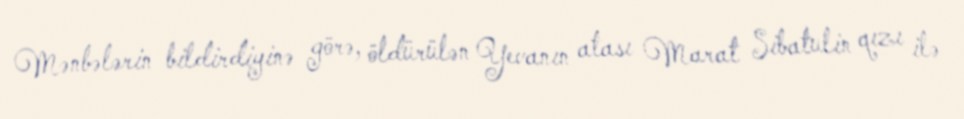
Mənbələrin bildirdiyinə görə, öldürülən Yevanın atası Marat Sibatulin qızı ilə